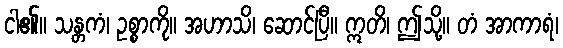
ငါ၏။ သန္တကံ၊ ဥစ္စာကို။ အဟာသိ၊ ဆောင်ပြီ။ ဣတိ၊ ဤသို့။ တံ အာကာရံ၊